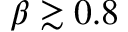
\beta \gtrsim 0 . 8